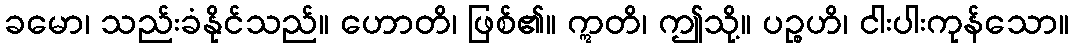
ခမော၊ သည်းခံနိုင်သည်။ ဟောတိ၊ ဖြစ်၏။ ဣတိ၊ ဤသို့။ ပဉ္စဟိ၊ ငါးပါးကုန်သော။